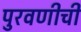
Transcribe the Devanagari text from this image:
पुरवणीची